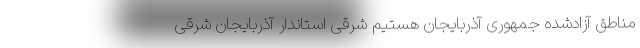
مناطق آزادشده جمهوری آذربایجان هستیم شرقی استاندار آذربایجان شرقی